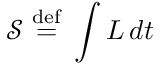
{ \mathcal { S } } \ { \stackrel { \mathrm { d e f } } { = } } \ \int L \, d t